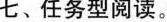
七、任务型阅读